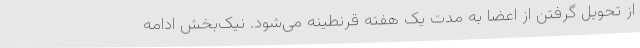
از تحویل گرفتن از اعضا به مدت یک هفته قرنطینه می‌شود. نیک‌بخش ادامه